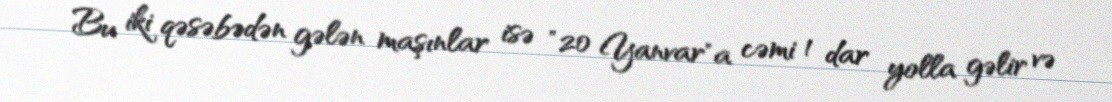
Bu iki qəsəbədən gələn maşınlar isə "20 Yanvar"a cəmi 1 dar yolla gəlir və